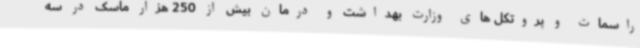
راسمات و پروتکل های وزارت بهداشت و درمان بیش از 250 هزار ماسک در سه